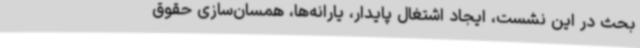
بحث در این نشست، ایجاد اشتغال پایدار، یارانه‌ها، همسان‌سازی حقوق